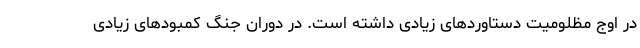
در اوج مظلومیت دستاوردهای زیادی داشته است. در دوران جنگ کمبودهای زیادی